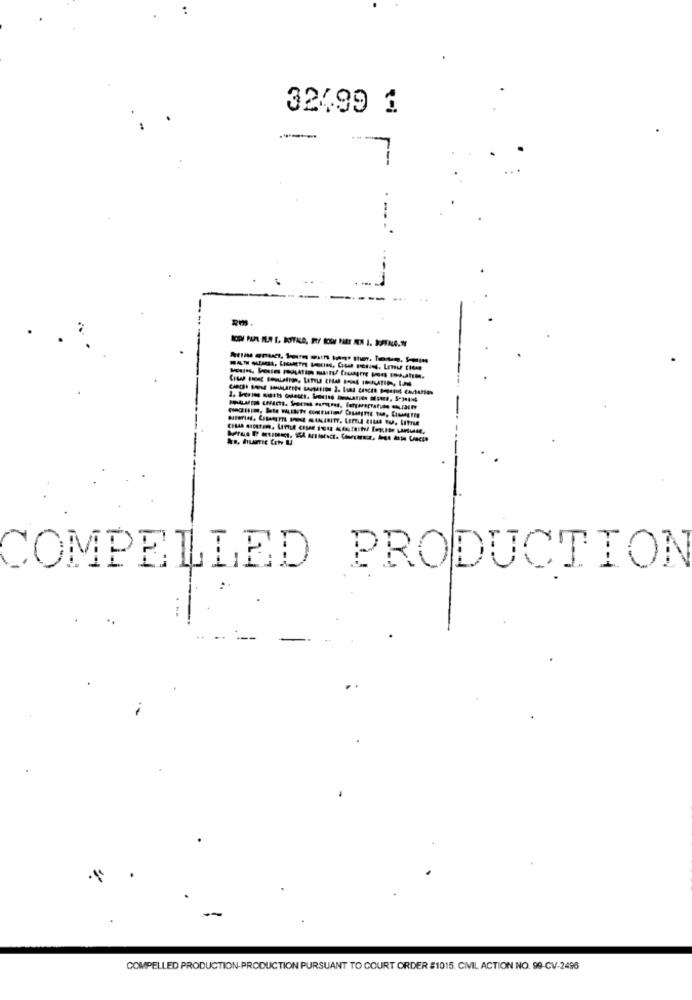
32499 1
----
--
COMPELLED PRODUCTION
COMPELLED PRODUCTION-PRODUCTION PURSUANT TO COURT ORDER #1015. CIVIL ACTION NO. 99-CV-2496